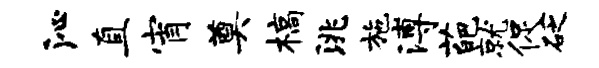
沁直宵奠槁洮施溥葩就促砭